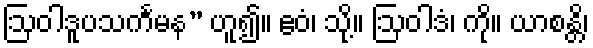
ဩဝါဒူပသင်္ကမန” ဟူ၍။ ဧဝံ၊ သို့။ ဩဝါဒံ၊ ကို။ ယာစန္တိ၊